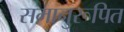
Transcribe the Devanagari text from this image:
समानुरूपित